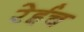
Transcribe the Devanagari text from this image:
रेईच